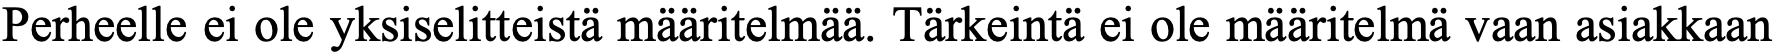
Perheelle ei ole yksiselitteistä määritelmää. Tärkeintä ei ole määritelmä vaan asiakkaan